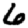
Digit: 6